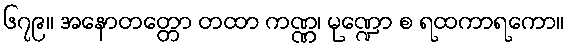
၆၇၉။ အနောတတ္တော တထာ ကဏ္ဏ၊ မုဏ္ဍော စ ရထကာရကော။